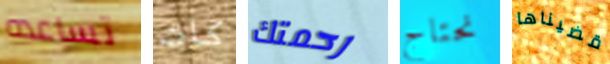
تساعده كان رحمتك نحتاج قضيناها